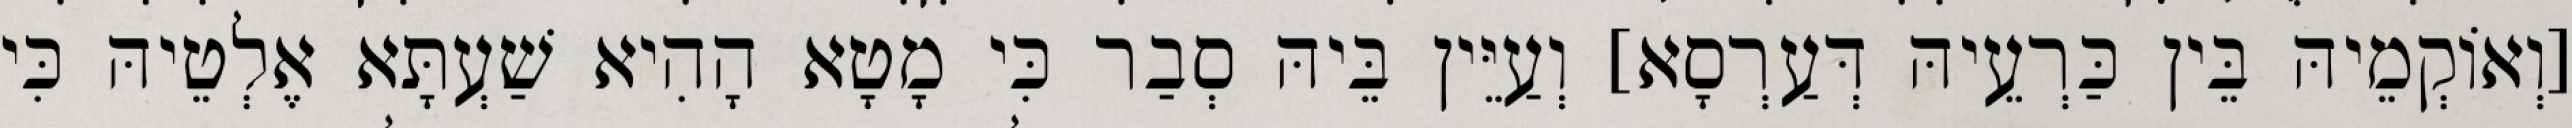
[וְאוֹקְמֵיהּ בֵּין כַּרְעֵיהּ דְּעַרְסָא] וְעַיֵּין בֵּיהּ סְבַר כִּי מָטָא הָהִיא שַׁעְתָּא אֶלְטֵיהּ כִּי